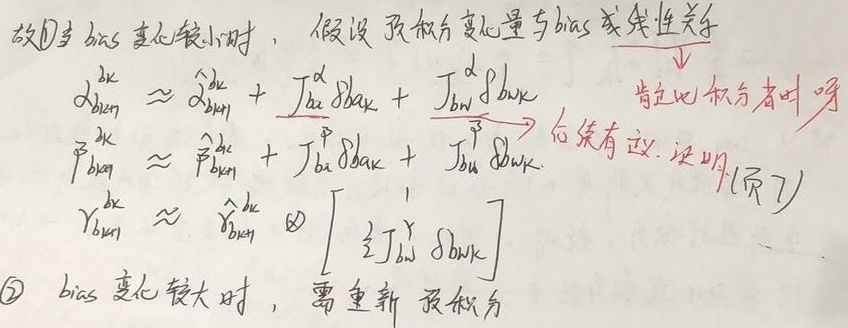
故\textcircled{1}当bias变化较小时，假设预积分变化量与bias成线性关系
\[
\begin{align*}
\alpha_{b_{ij}}^{b_k}&\approx\hat{\alpha}_{b_{ij}}^{b_k}+J_{\alpha a}\delta b_{ak}+J_{\alpha\omega}\delta b_{\omega k}\\
\beta_{b_{ij}}^{b_k}&\approx\hat{\beta}_{b_{ij}}^{b_k}+J_{\beta a}\delta b_{ak}+J_{\beta\omega}\delta b_{\omega k}\\
\gamma_{b_{ij}}^{b_k}&\approx\hat{\gamma}_{b_{ij}}^{b_k}\otimes\left[\frac{1}{2}J_{\omega}^{\gamma}\delta b_{\omega k}\right]
\end{align*}
\]
肯定比积分省时呀后续有效。证明(页7)\textcircled{2}bias变化较大时，需重新预积分